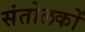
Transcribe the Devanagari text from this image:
संतोलकों